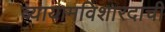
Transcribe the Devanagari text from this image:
व्यायामविशारदाची